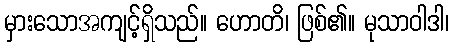
မှားသောအကျင့်ရှိသည်။ ဟောတိ၊ ဖြစ်၏။ မုသာဝါဒါ၊